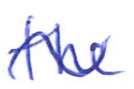
Text: the
Cross-out: mix
Writing tool: ballpoint